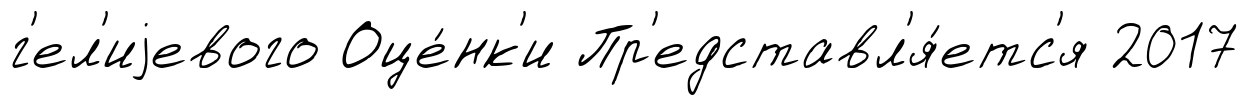
г'ел'иjевого Оце́нк'и Пр'едставл'я́етс'я 2017